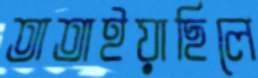
তাতাইয়াছিলে